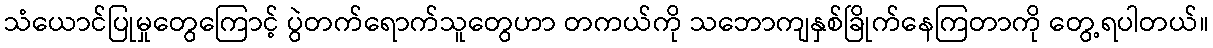
သံယောင်ပြုမှုတွေကြောင့် ပွဲတက်ရောက်သူတွေဟာ တကယ်ကို သဘောကျနှစ်ခြိုက်နေကြတာကို တွေ့ရပါတယ်။